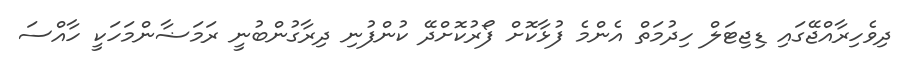
ދިވެހިރާއްޖޭގައި ޑިޖިޓަލް ހިދުމަތް އެންމެ ފުޅާކޮށް ފޯރުކޮށްދޭ ކުންފުނި ދިރާގުންބުނީ ރަމަޟާންމަހަކީ ހާއްސަ